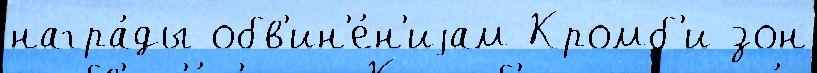
награ́ды обв'ин'е́н'иjам Кромб'и зон